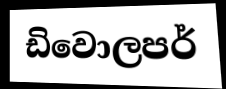
ඩිවොලපර්